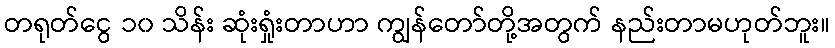
တရုတ်ငွေ ၁၀ သိန်း ဆုံးရှုံးတာဟာ ကျွန်တော်တို့အတွက် နည်းတာမဟုတ်ဘူး။